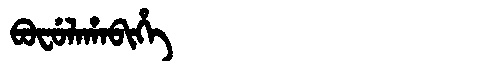
Manchu: ᠪᠣᠸᡠᠯᠠᡥᠠᠪᡳᡥᡝ
Romanization: BOFULAHABIHE